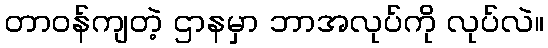
တာဝန်ကျတဲ့ ဌာနမှာ ဘာအလုပ်ကို လုပ်လဲ။